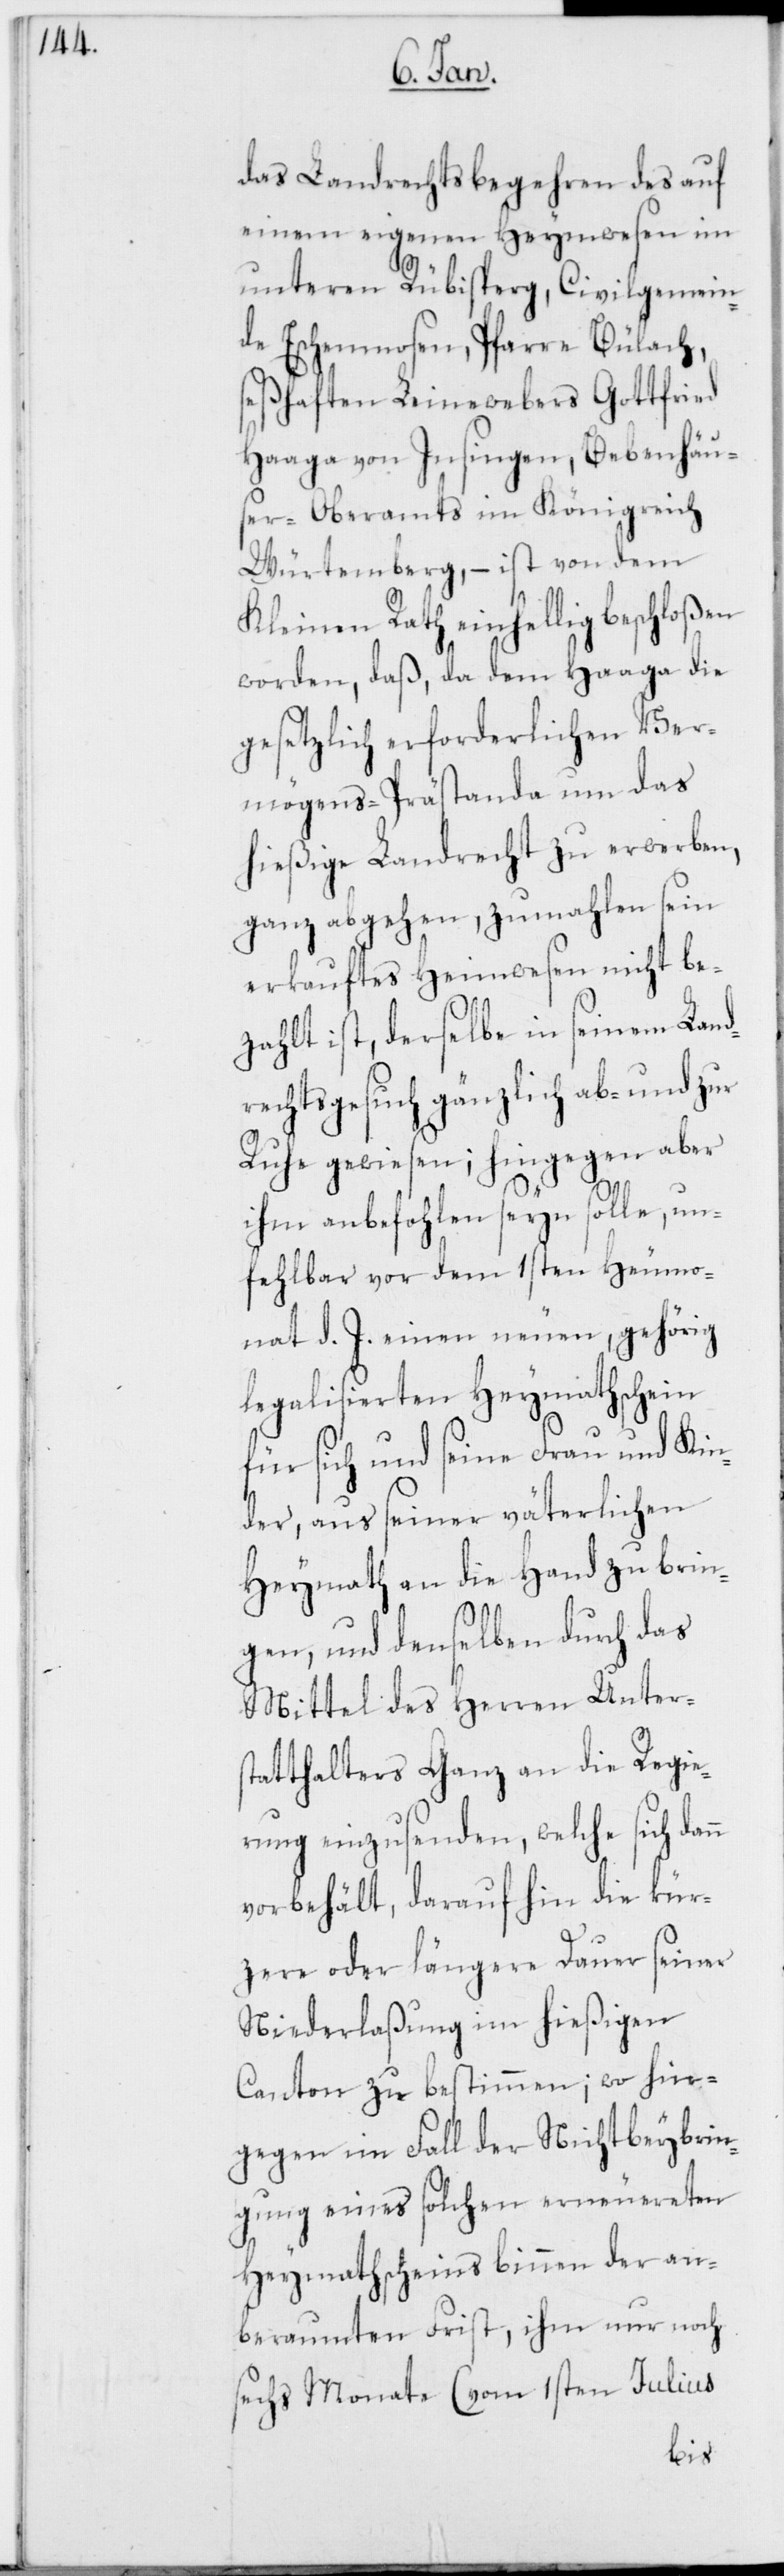
n

das Landrechtsbegehren des auf
einem eigenen Heymwesen im
unteren Rübisperg, Civilgemein¬
de Eschenmosen, Pfarre Bülach,
seßhaften Leinewebers Gottfried
Haaga von Insingen, Bebenhäu¬
ser-Oberamts im Königreich
Würtemberg, – ist von dem
Kleinen Rath einhellig beschloßen
worden, daß, da dem Haaga die
gesetzlich erforderlichen Ver¬
mögens-Prästanda um das
hießige Landrecht zu erwerben,
ganz abgehen, zumahlen sein
erkauftes Heimwesen nicht be¬
zahlt ist, derselbe in seinem Land¬
rechtsgesuch gänzlich ab- und zur
Ruhe gewiesen; hingegen aber
ihm anbefohlen seyn solle, un¬
fehlbar vor dem 1sten Heumo¬
nat d. J. einen neuen, gehörig
legalisierten Heymathschein
für sich und seine Frau und Kin¬
der, aus seiner väterlichen
Heymath an die Hand zu brin¬
gen, und denselben durch das
Mittel des Herren Unters¬
tatthalters Ganz an die Regie¬
rung einzusenden, welche sich dan¬
vorbehält, daraufhin die kür¬
zere oder längere Dauer seiner
Niederlaßung im hießigen
Canton zu bestimmen; wo hin¬
gegen im Fall der Nichtbeybrin¬
gung eines solchen erneuereten
Heymathscheins binnen der an¬
beraumten Frist, ihm nur noch
sechs Monate (vom 1ten Julius